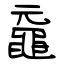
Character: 黿